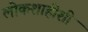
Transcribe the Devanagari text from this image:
लोकशाहीशी